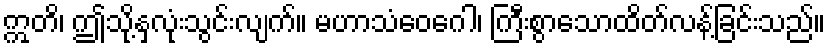
ဣတိ၊ ဤသို့နှလုံးသွင်းလျက်။ မဟာသံဝေဂေါ၊ ကြီးစွာသောထိတ်လန့်ခြင်းသည်။